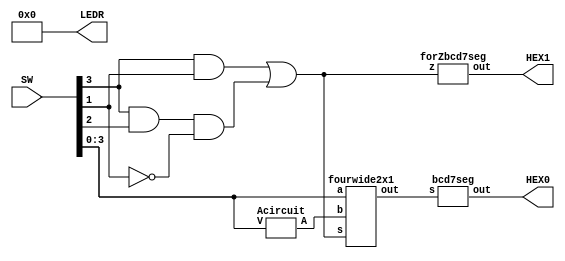
/*
Oscar Reyes-Sanchez
Binary to decimal converter using 7 segment displays
*/

module part2 (SW, HEX0, HEX1, LEDR);

	input [9:0] SW;
	output [6:0] HEX0;
	output [6:0] HEX1;
	output [9:0] LEDR;
	assign LEDR = 10'b0;
	
	wire z;
	wire [3:0] A, B;
	wire [6:0] H0, H1;
	
	Acircuit VtoA (SW[3:0], A); 
	assign z = (SW[3] & SW[1]) | (SW[3] & SW[2] & ~SW[1]);
	fourwide2x1 VorA (z, SW[3:0], A, B);
	
	forZbcd7seg disp1 (z, H1);
	assign HEX1 = H1;
	
	bcd7seg disp0 (B, H0);
	assign HEX0 = H0;
	
	
endmodule

module Acircuit (V, A);

	input [3:0] V;
	output [3:0] A;
	
	assign A[0] = V[0];
	assign A[1] = ~V[1];
	assign A[2] = V[3] & V[2] & V[1];
	assign A[3] = 0;
	
endmodule

module fourwide2x1 (s, a, b, out);

	input s;
	input [3:0] a, b;
	output [3:0] out;
	
	assign out[0] = (~s & a[0]) | (s & b[0]);
	assign out[1] = (~s & a[1]) | (s & b[1]);
	assign out[2] = (~s & a[2]) | (s & b[2]);
	assign out[3] = (~s & a[3]) | (s & b[3]);

endmodule

module forZbcd7seg (z, out);

	input z;
	output [6:0] out;
	
	assign out[0] = z;
	assign out[1] = 0;
	assign out[2] = 0;
	assign out[3] = z;
	assign out[4] = z;
	assign out[5] = z;
	assign out[6] = 1;
	
endmodule


module bcd7seg (s, out);

	input  [3:0] s;
	output [6:0] out;
	
	assign out[0] = (s[2] & ~s[1] & ~s[0]) | (~s[3] & ~s[2] & ~s[1] & s[0]);
	assign out[1] = (s[2] & ~s[1] &  s[0]) | ( s[2] &  s[1] &  ~s[0]);
	assign out[2] = ~s[3] & ~s[2] &  s[1]  &  ~s[0];
	assign out[3] = (s[2] &  s[1] &  s[0]) | (~s[3] &  s[2] &  ~s[1] & ~s[0]) | (~s[3] & ~s[2] & ~s[1] & s[0]);
	assign out[4] = s[0] | (s[2] & ~s[1] & ~s[0]);
	assign out[5] = (~s[3] & ~s[2] & s[0]) | (~s[3] & ~s[2] & s[1]) | (~s[3] & s[1] & s[0]);
	assign out[6] = (~s[3] & ~s[2] & ~s[1]) | (s[2] & s[1] & s[0]);

endmodule